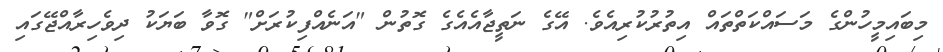
މިބައިމީހުންގެ މަސައްކަތްތައް އިތުރުކުރިއެވެ. އޭގެ ނަތީޖާއެއެގެ ގޮތުން "އަނެއްފިކުރަށް" ގޮވާ ބަޔަކު ދިވެހިރާއްޖޭގައި